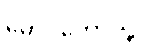
မောင်တောသို့